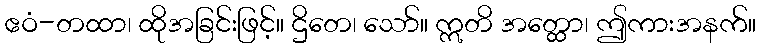
ဧဝံ-တထာ၊ ထိုအခြင်းဖြင့်။ ဌိတေ၊ သော်။ ဣတိ အတ္ထော၊ ဤကားအနက်။